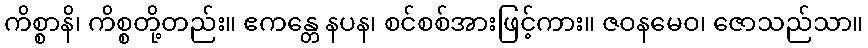
ကိစ္စာနိ၊ ကိစ္စတို့တည်း။ ဧကန္တေ နပန၊ စင်စစ်အားဖြင့်ကား။ ဇဝနမေဝ၊ ဇောသည်သာ။